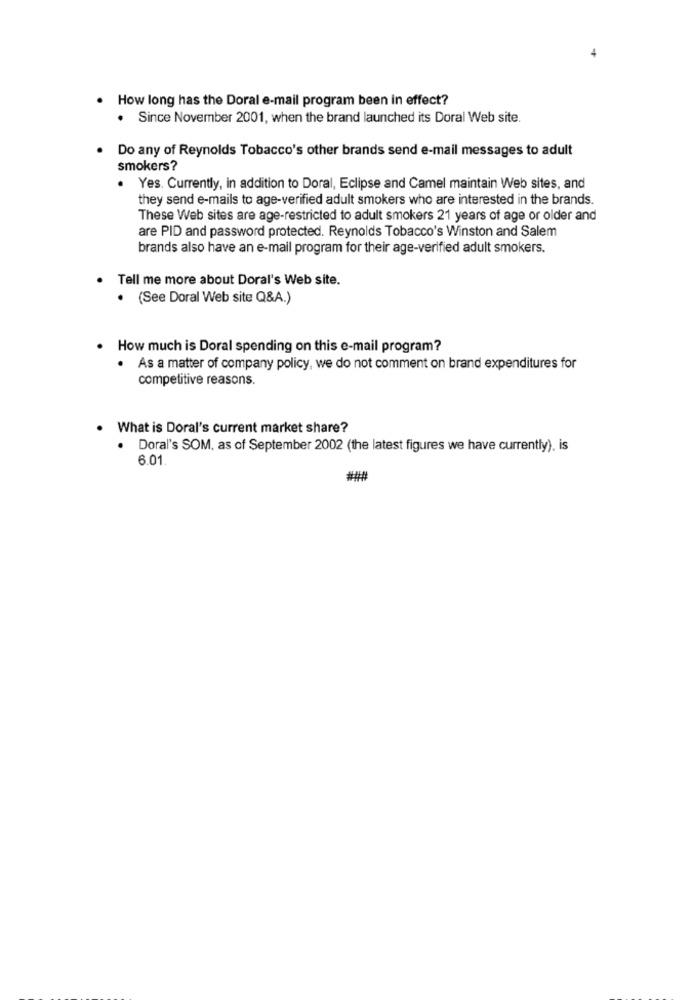
How long has the Doral e-mail program been in effect?
. Since November 2001, when the brand launched its Doral Web site.
Do any of Reynolds Tobacco's other brands send e-mail messages to adult
smokers?
. Yes. Currently, in addition to Doral, Eclipse and Camel maintain Web sites, and
they send e-mails to age-verified adult smokers who are interested in the brands.
These Web sites are age-restricted to adult smokers 21 years of age or older and
are PID and password protected. Reynolds Tobacco's Winston and Salem
brands also have an e-mail program for their age-verified adult smokers.
Tell me more about Doral's Web site.
· (See Doral Web site Q&A.)
How much is Doral spending on this e-mail program?
. As a matter of company policy, we do not comment on brand expenditures for
competitive reasons.
What is Doral's current market share?
· Doral's SOM, as of September 2002 (the latest figures we have currently), is
6.01.